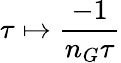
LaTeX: \tau\mapsto{\frac{-1}{n_{G}\tau}}